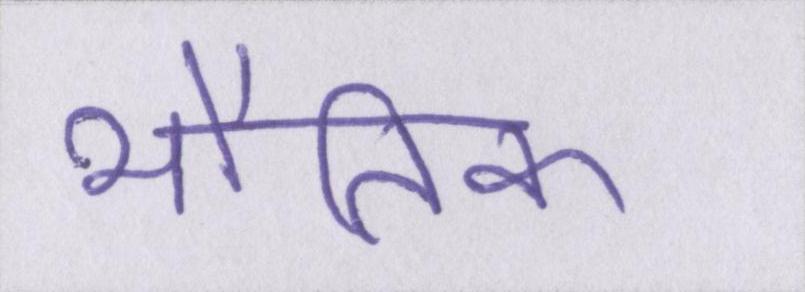
भौतिक